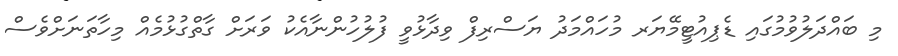
މި ބައްދަލުވުމުގައި ޑެޕިއުޓީމޭޔަރ މުހައްމަދު ޔަސްރިފް ވިދާޅުވީ ފުލުހުންނާއެކު ވަރަށް ގާތްގުޅުމެއް މިހާތަނަށްވެސް